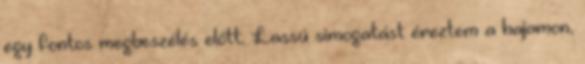
egy fontos megbeszélés előtt. Lassú simogatást éreztem a hajamon,